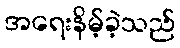
အရေးနိမ့်ခဲ့သည်